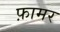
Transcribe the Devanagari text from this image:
फ़ामर